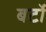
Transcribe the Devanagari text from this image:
बर्टो